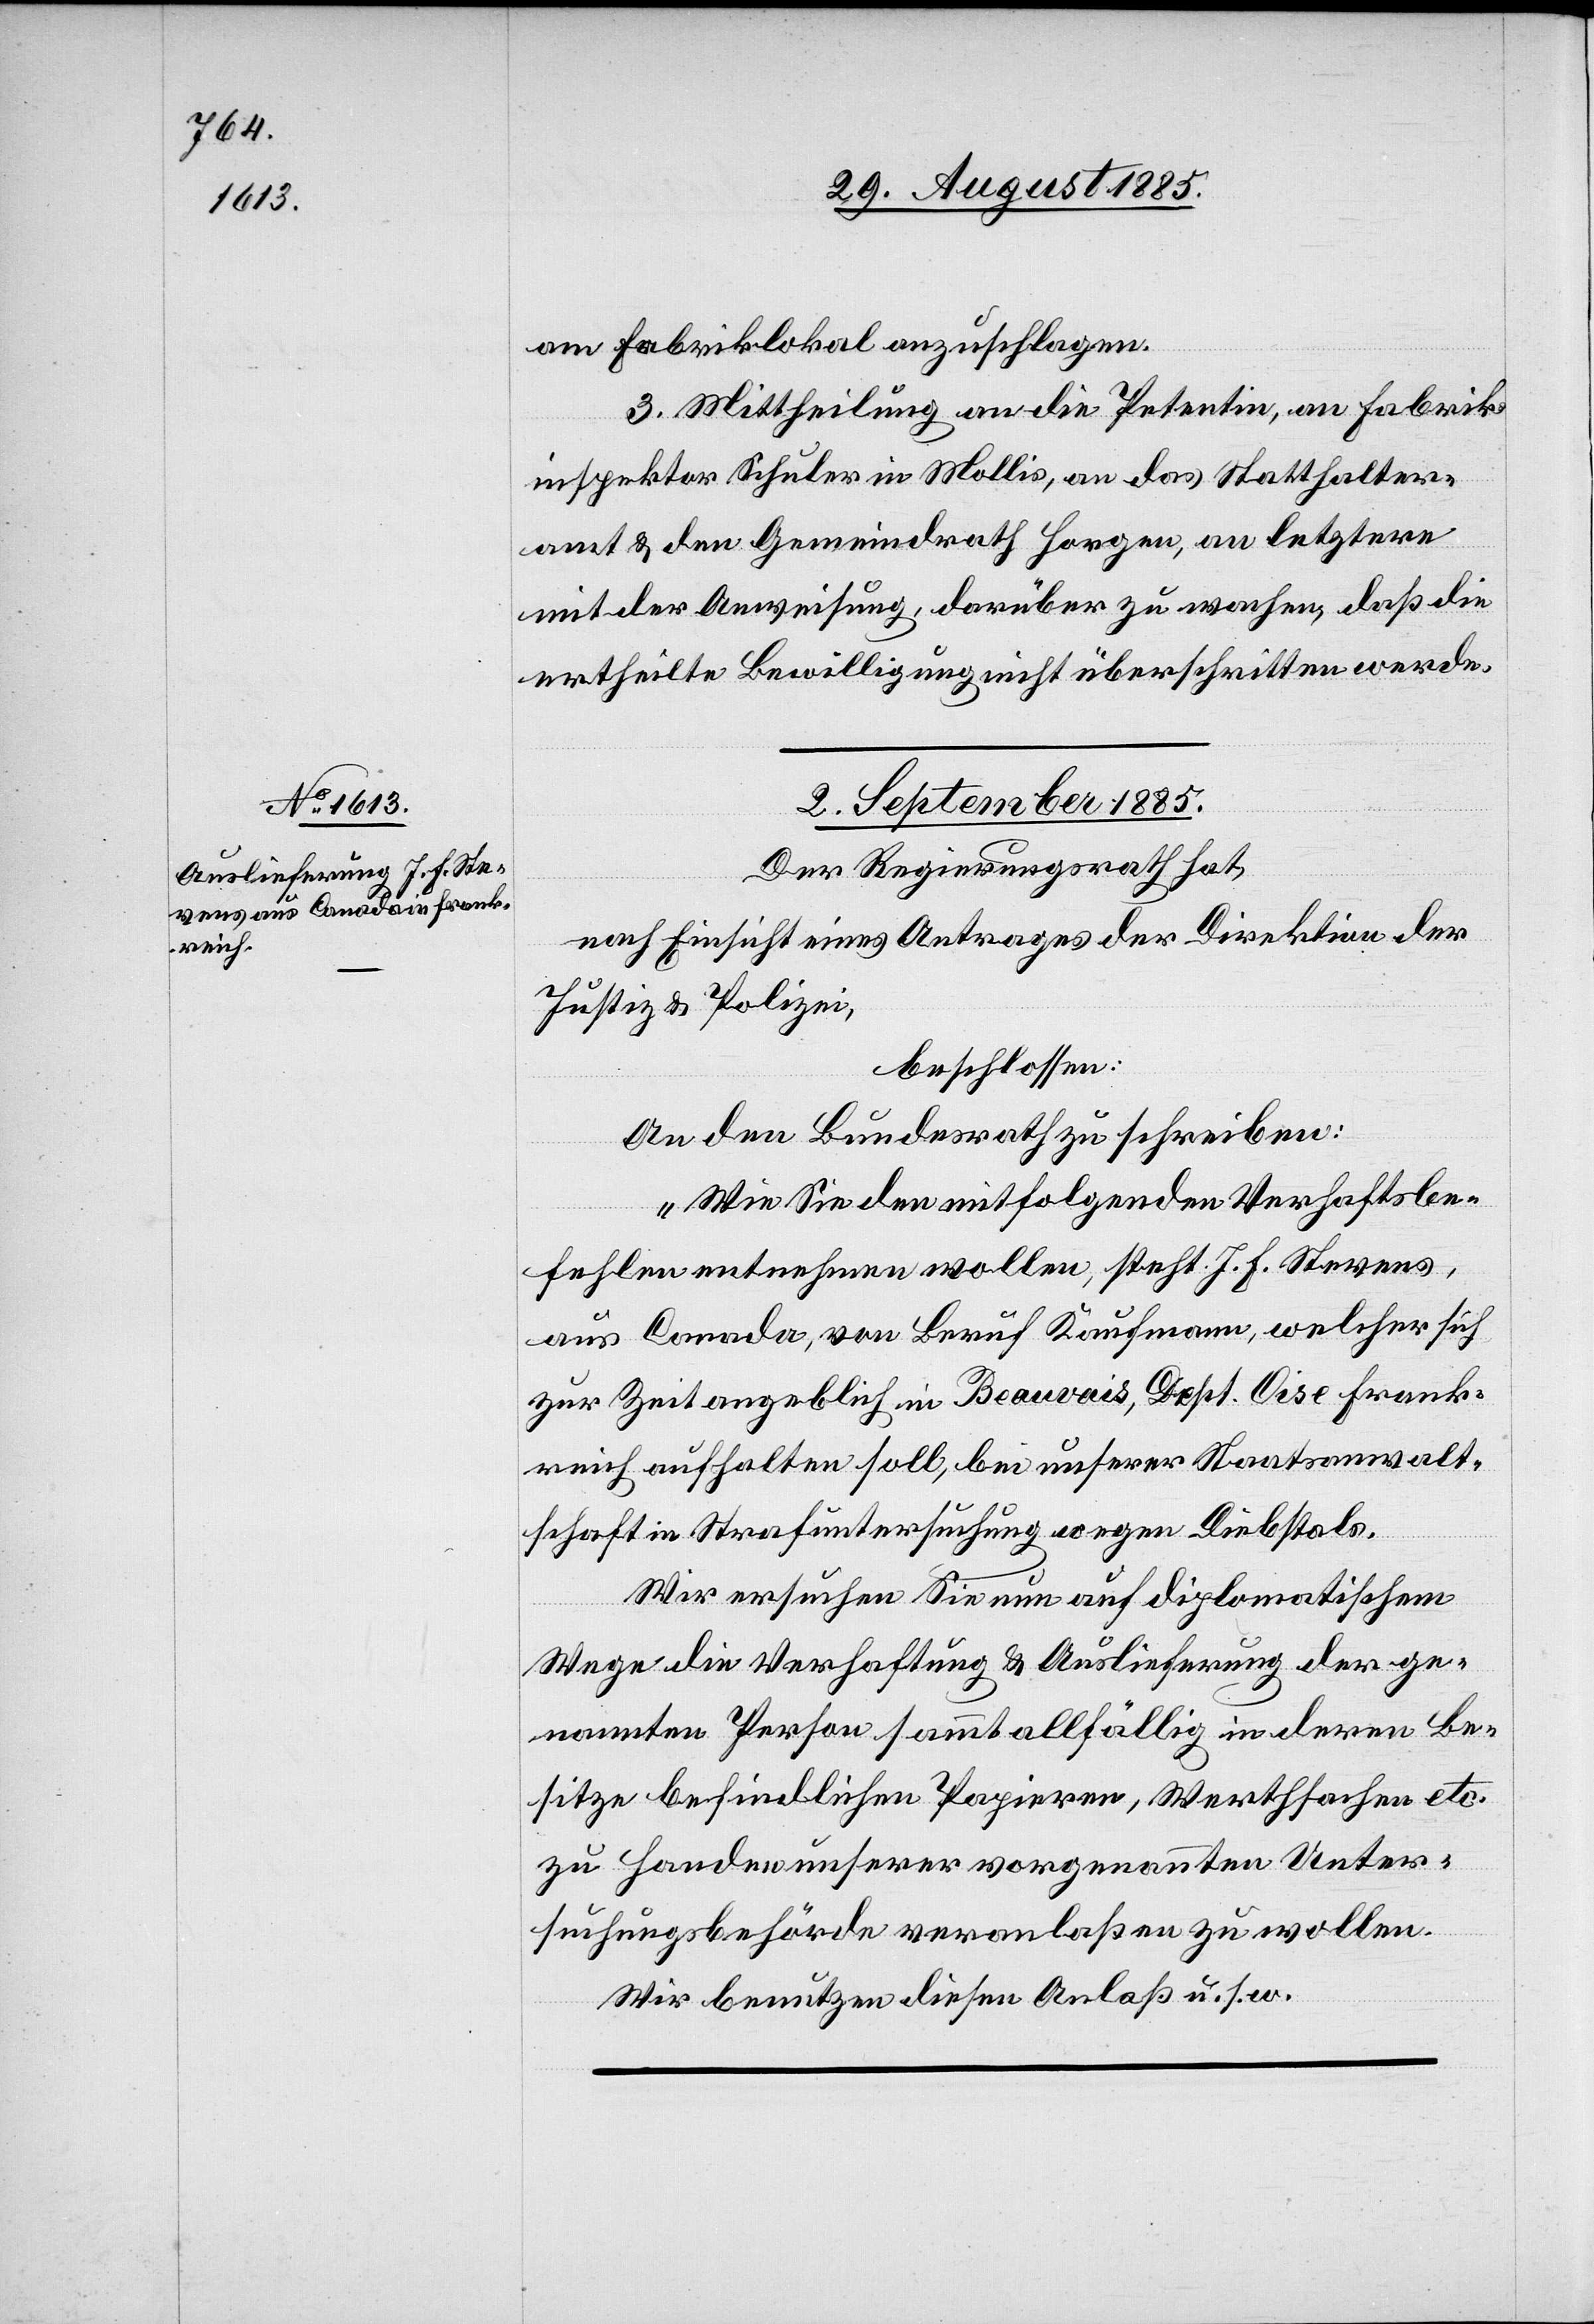
am Fabriklokal anzuschlagen.
3. Mittheilung an die Petentin, an Fabrik¬
inspektor Schuler in Mollis, an das Statthalter¬
amt & den Gemeindrath Horgen, an letztere
mit der Anweisung, darüber zu wachen, daß die
ertheilte Bewilligung nicht überschritten werde.
2. September 1885.
Der Regierungsrath hat,
nach Einsicht eines Antrages der Direktion der
Justiz & Polizei,
beschlossen:
An den Bundesrath zu schreiben:
„Wie sie den mitfolgenden Verhaftsbe¬
fehlen entnehmen wollen, steht J. F. Stevens,
aus Canada, von Beruf Kaufmann, welcher sich
zur Zeit angeblich in Beauvais, Dept. Oise Frank¬
reich aufhalten soll, bei unserer Staatsanwalt¬
schaft in Strafuntersuchung wegen Diebstals.
Wir ersuchen Sie nun auf diplomatischem
Wege die Verhaftung & Auslieferung der ge¬
nannten Person sammt allfällig in deren Be¬
sitze befindlichen Papieren, Werthsachen etc.
zu Handen unserer vorgenannten Unter¬
suchungsbehörde veranlaßen zu wollen.
Wir benutzen diesen Anlaß u. s. w.“